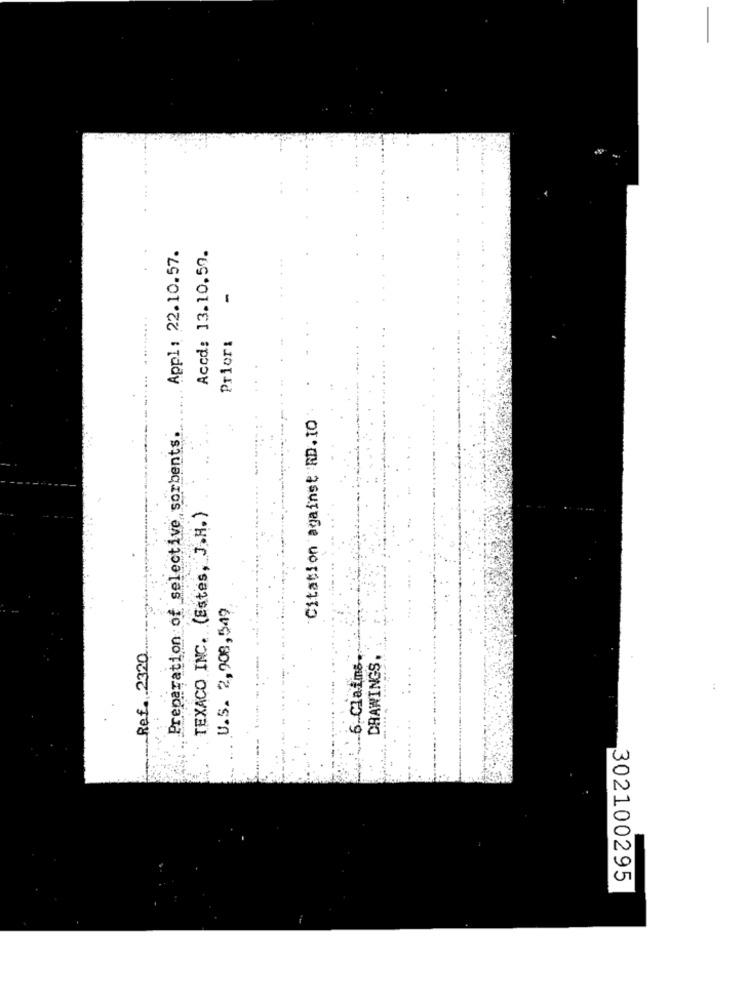
Appl: 22.10.57.
Accd: 13.10.59.
-
Prior:
Citation against RD.10
Preparation of selective sorbents.
TEXACO INC. (Estes, J.H.)
U.S. 2,908,549
Ref. 2320
DRAWINGS
6. Claims
302100295